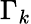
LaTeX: \Gamma_{k}